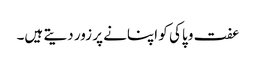
عفت و پاکی کو اپنانے پر زور دیتے ہیں۔